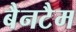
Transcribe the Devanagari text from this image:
बैनटैम